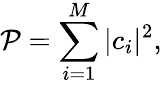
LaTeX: \mathcal{P}=\sum_{i=1}^{M}|c_{i}|^{2},